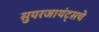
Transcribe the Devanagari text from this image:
सुपरजायंट्सचे